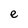
Character: e